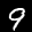
Label: 9